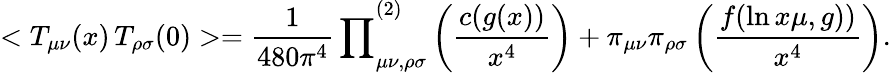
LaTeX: <T_{\mu\nu}(x)\, T_{\rho\sigma}(0)>={\frac{1}{480\pi^{4}}\prod}_{\mu\nu,\rho\sigma}^{(2)}\left({\frac{c(g(x))}{x^{4}}}\right)+\pi_{\mu\nu}\pi_{\rho\sigma}\left({\frac{f(\ln x\mu,g))}{x^{4}}}\right).